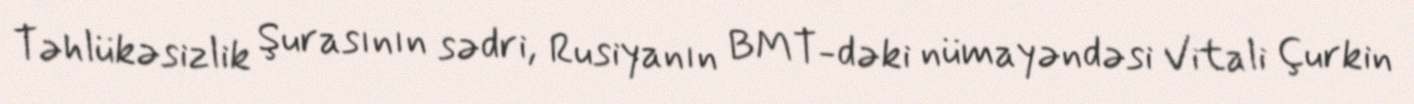
Təhlükəsizlik Şurasının sədri, Rusiyanın BMT-dəki nümayəndəsi Vitali Çurkin